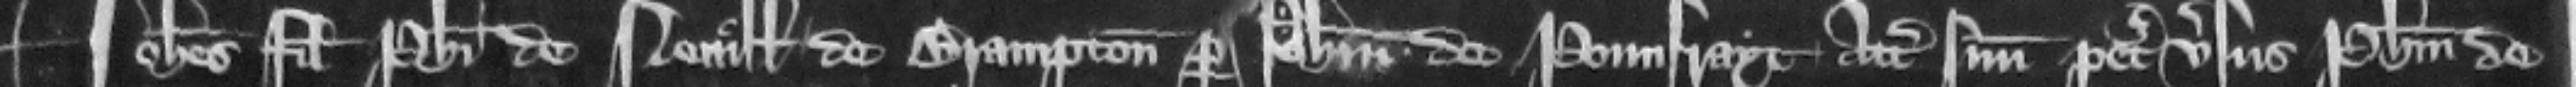
Iohannes filius Philippi de Neuille de Brampton per Philippum de Pounfrayt attornatum suum petit versus Philippum de